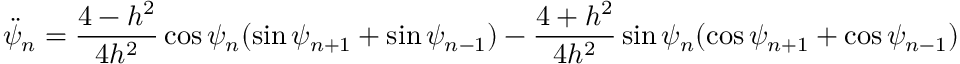
\ddot { \psi } _ { n } = \frac { 4 - h ^ { 2 } } { 4 h ^ { 2 } } \cos \psi _ { n } ( \sin \psi _ { n + 1 } + \sin \psi _ { n - 1 } ) - \frac { 4 + h ^ { 2 } } { 4 h ^ { 2 } } \sin \psi _ { n } ( \cos \psi _ { n + 1 } + \cos \psi _ { n - 1 } )